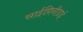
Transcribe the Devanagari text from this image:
साईप्रिनीडाई